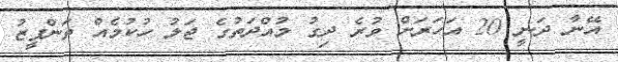
އޭނާ ދަނީ 20 އަހަރަށް ވުރެ ދިގު މުއްދަތުގެ ޖަލު ހުކުމެއް ތަންފީޒު